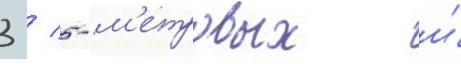
3 / 5-м'етровых и́